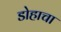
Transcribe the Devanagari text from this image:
डोहाचा